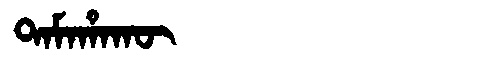
Manchu: ᡨᠠᠮᠠᡥᠠᡴᡡ
Romanization: TAMAHAKŪ